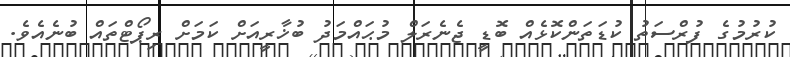
ކުރުމުގެ ފުރްސަތު ކުޑަތަންކޮޅެއް ބޮޑީ ޖެނެރަލް މުޙައްމަދު ބުޚާރީއަށް ކަމަށް ރިޕޯޓްތައް ބުނެއެވެ.